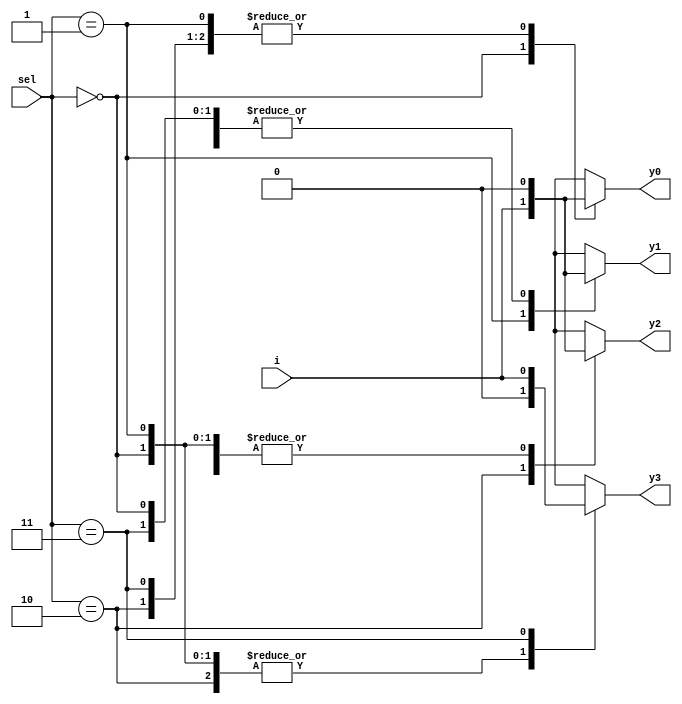
module demux_1_to_4 (
    input wire i,
    input wire [1:0] sel,
    output reg y0,y1,y2,y3
);

always @ (i or sel) begin
    case(sel)
        2'b00: begin
            y0 = i;
            y1 = 1'b0;
            y2 = 1'b0;
            y3 = 1'b0;
        end
        2'b01: begin
            y0 = 1'b0;
            y1 = i;
            y2 = 1'b0;
            y3 = 1'b0;
        end
        2'b10: begin
            y0 = 1'b0;
            y1 = 1'b0;
            y2 = i;
            y3 = 1'b0;
        end
        2'b11: begin
            y0 = 1'b0;
            y1 = 1'b0;
            y2 = 1'b0;
            y3 = i;
        end
        default: begin
            y0 = 1'b0;
            y1 = 1'b0;
            y2 = 1'b0;
            y3 = 1'b0;
        end
    endcase
end

endmodule